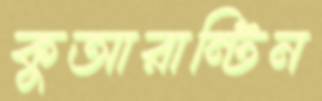
কুআরান্টিন